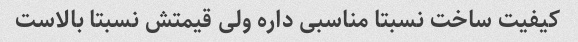
کیفیت ساخت نسبتا مناسبی داره ولی قیمتش نسبتا بالاست